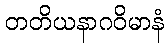
တတိယနာဂဝိမာနံ